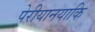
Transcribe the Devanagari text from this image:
पेरीयानयाकि